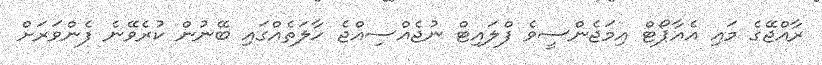
ރާއްޖޭގެ މައި އެއާޕޯޓް އިމަޖެންސީވެ ފްލައިޓް ނުޖެއްސިއްޖެ ހާލަތެއްގައި ބޭނުން ކުރެވޭނެ ފެންވަރަށް